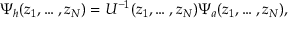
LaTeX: \Psi _ { h } ( z _ { 1 } , \dots , z _ { N } ) = U ^ { - 1 } ( z _ { 1 } , \dots , z _ { N } ) \Psi _ { a } ( z _ { 1 } , \dots , z _ { N } ) ,